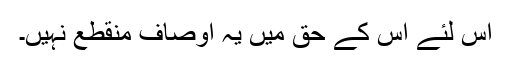
اس لئے اس کے حق میں یہ اوصاف منقطع نہیں۔